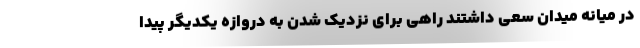
در میانه میدان سعی داشتند راهی برای نزدیک شدن به دروازه یکدیگر پیدا